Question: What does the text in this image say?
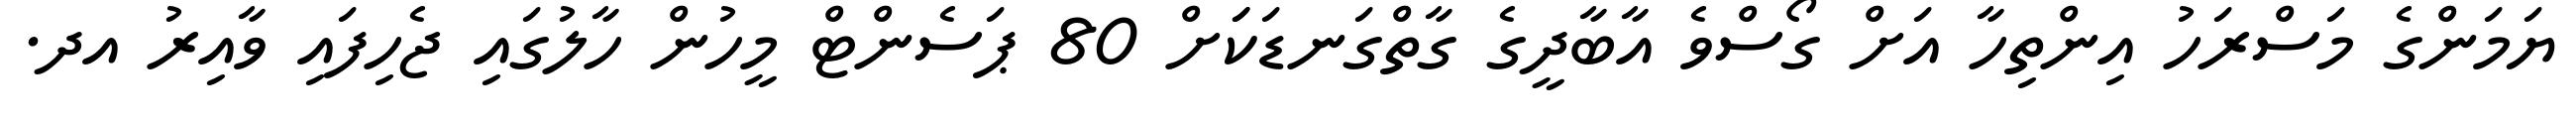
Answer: ޔަމަންގެ މަސްރަހު އިންތިހާ އަށް ގޯސްވެ އާބާދީގެ ގާތްގަނޑަކަަށް 80 ޕަސެންޓް މީހުން ހާލުގައި ޖެހިފައި ވާއިރު އދ.